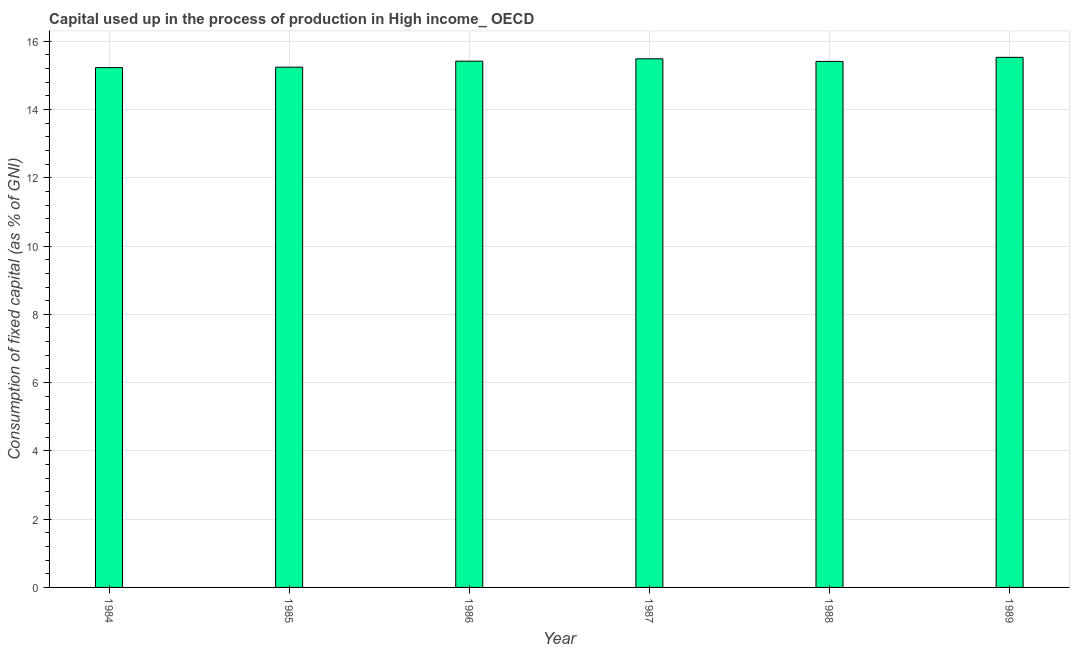
| Year | Consumption of fixed capital |
 | --- | --- |
 | 1984 | 15.2 |
 | 1985 | 15.2 |
 | 1986 | 15.4 |
 | 1987 | 15.5 |
 | 1988 | 15.4 |
 | 1989 | 15.5 |